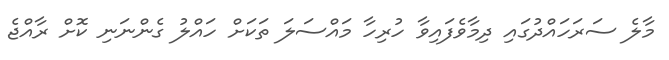
މާލެ ސަރަހައްދުގައި ދިމާވެފައިވާ ހުރިހާ މައްސަލަ ތަކަށް ހައްލު ގެންނަނި ކޮށް ރާއްޖެ